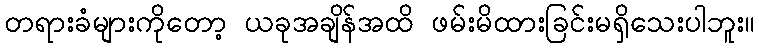
တရားခံများကိုတော့ ယခုအချိန်အထိ ဖမ်းမိထားခြင်းမရှိသေးပါဘူး။